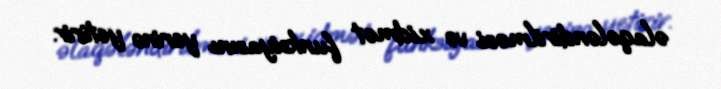
əlaqələndirilməsi və xidmət funksiyasını yerinə yetirir.